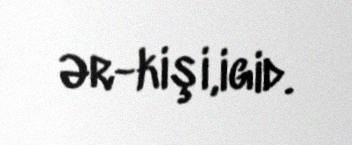
Ər-kişi,igid.